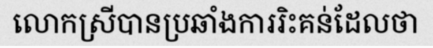
លោកស្រីបានប្រឆាំងការរិះគន់ដែលថា